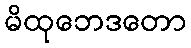
မိထုဘေဒတော